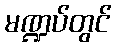
မဏ္ဍပ်တွင်